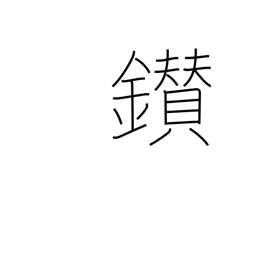
Meaning: make fire by rubbing sticks